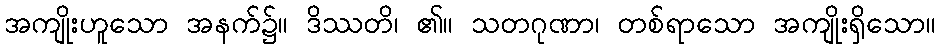
အကျိုးဟူသော အနက်၌။ ဒိဿတိ၊ ၏။ သတဂုဏာ၊ တစ်ရာသော အကျိုးရှိသော။